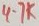
Text: 4-7K